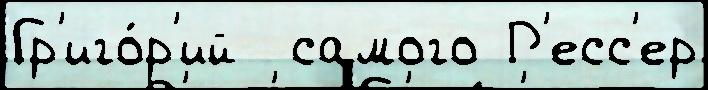
Гр'иго́р'ий  самого Р'есс'ер